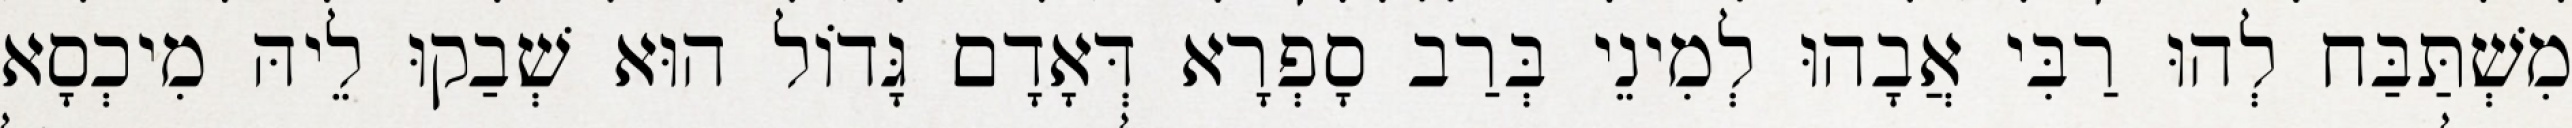
מִשְׁתַּבַּח לְהוּ רַבִּי אֲבָהוּ לְמִינֵי בְּרַב סָפְרָא דְּאָדָם גָּדוֹל הוּא שְׁבַקוּ לֵיהּ מִיכְסָא